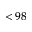
< 9 8